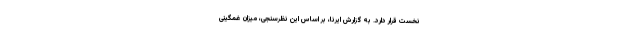
نخست قرار دارد. به گزارش ایرنا، بر اساس این نظرسنجی، میزان غمگینی